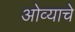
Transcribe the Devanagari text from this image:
ओव्याचे